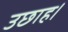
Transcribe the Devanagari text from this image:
उछाह।